Lunatic asylums Punjab 1881-1894 - 1881-1894
Year: 1881
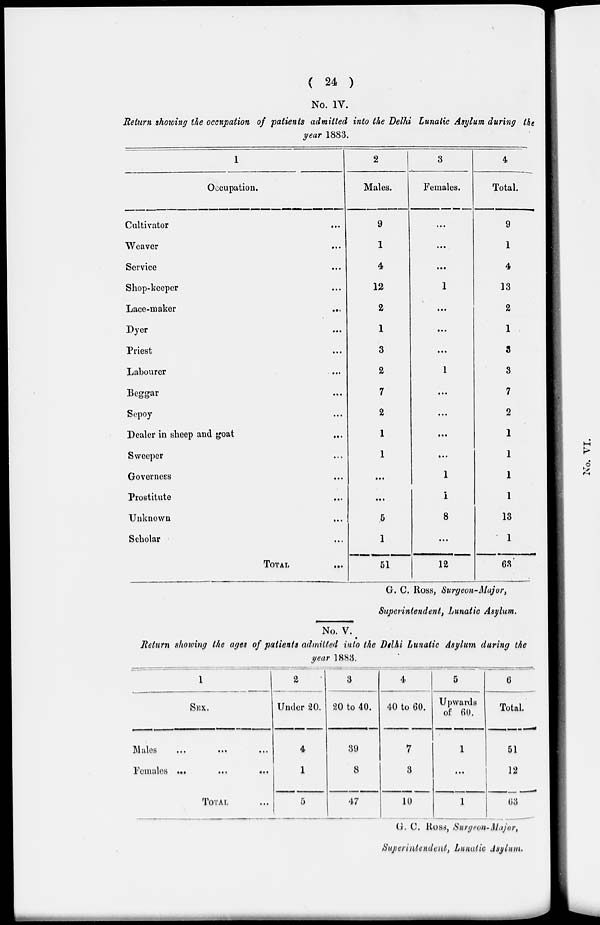
( 24 )
No. IV.
Return showing the occupation of patients admitted into the Delhi Lunatic Asylum during the
year 1883.
1
Occupation.
Cultivator
Weaver
Service
Shop-keeper
Lace-maker
Dyer
Priest
Labourer
Beggar
Sepoy
Dealer in sheep and goat
Sweeper
Governess
Prostitute
Unknown
Scholar
TOTAL
...
...
...
...
...
...
...
...
...
...
...
...
...
...
...
...
...
2
Males.
9
1
4
12
2
1
3
2
7
2
1
1
...
...
5
1
51
3
Females.
...
...
...
1
...
...
...
1
...
...
...
...
1
1
8
...
12
4
Total.
9
1
4
13
2
1
3
3
7
2
1
1
1
1
13
1
63
G. C. Ross, Surgeon-Major,
Superintendent, Lunatic Asylum.
No. V.
Return showing the ages of patients admitted into the Delhi Lunatic Asylum during the
year 1883.
1
SEX.
Males ... ... ...
Females
...
...
...
TOTAL ...
2
Under 20.
4
1
5
3
20 to 40.
39
8
47
4
40 to 60.
7
3
10
5
Upwards
of 60.
1
...
1
6
Total.
51
12
63
G. C. Ross, Surgeon-Major,
Superintendent, Lunatic Asylum.